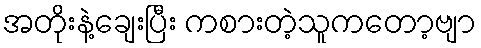
အတိုးနဲ့ချေးပြီး ကစားတဲ့သူကတော့ဗျာ